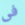
فى